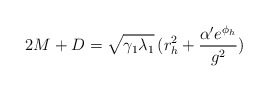
\begin{align*}2M+D=\sqrt{\gamma_1 \lambda_1}\,(r_h^2 +\frac{\alpha'e^{\phi_h}}{g^2})\end{align*}